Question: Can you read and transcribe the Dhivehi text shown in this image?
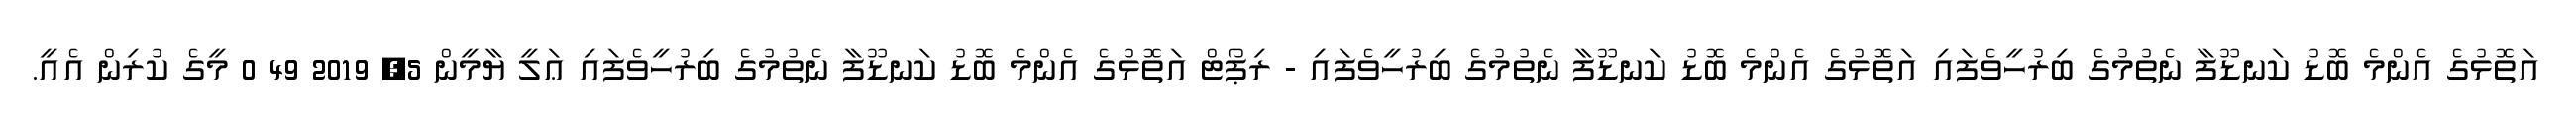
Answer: އަތޮޅުގެ އެންމެ ބޮޑު ކަނޑޫފާ ނެތުމުގެ ބިރުހީވެފައި އަތޮޅުގެ އެންމެ ބޮޑު ކަނޑޫފާ ނެތުމުގެ ބިރުހީވެފައި - ރިޕޯޓް އަތޮޅުގެ އެންމެ ބޮޑު ކަނޑޫފާ ނެތުމުގެ ބިރުހީވެފައި ޢަލީ ޔާމީން 5, 2019 49 0 މީގެ ކުރިން އެއީ.